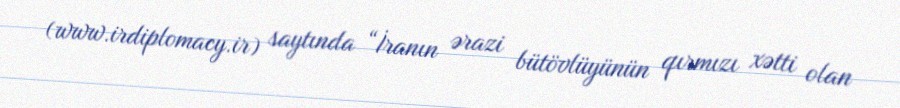
(www.irdiplomacy.ir) saytında “İranın ərazi bütövlüyünün qırmızı xətti olan